Civil Veterinary Department Bihar reports 1936-40 - 1936-1940
Year: 1936
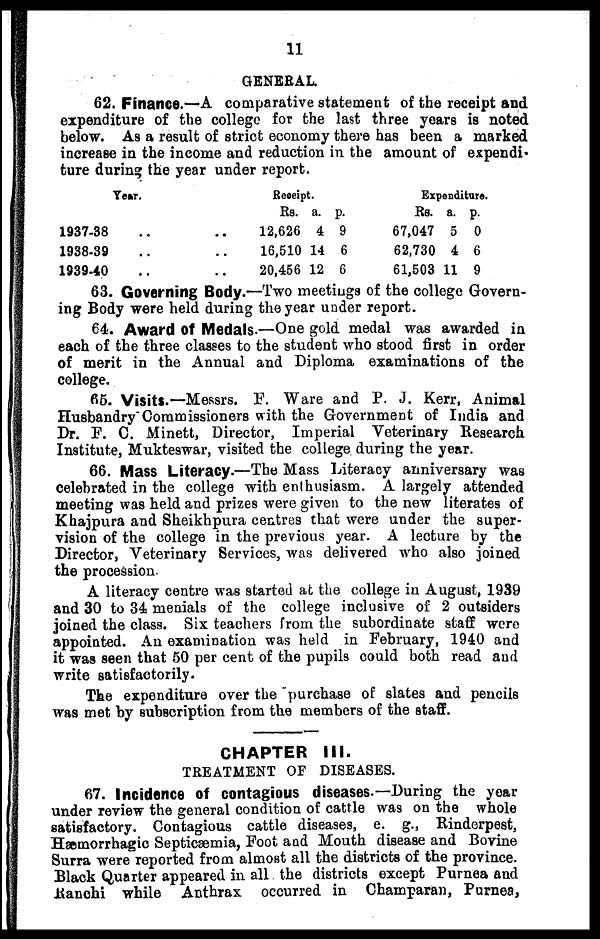
11
GENERAL.
62. Finance.—A comparative statement of the receipt and
expenditure of the college for the last three years is noted
below. As a result of strict economy there has been a marked
increase in the income and reduction in the amount of expendi-
ture during the year under report.
Year.
1937-38
1938-39 ..
1939-40
..
..
..
Receipt.
Rs. a. p.
12,626 4 9
16,510 14 6
20,456 12 6
Expenditure.
Rs. a. p.
67,047 5 0
62,730 4 6
61,503 11 9
63. Governing Body.—Two meetings of the college Govern-
ing Body were held during the year under report.
64. Award of Medals.—One gold medal was awarded in
each of the three classes to the student who stood first in order
of merit in the Annual and Diploma examinations of the
college.
65. Visits.—Messrs. F. Ware and P. J. Kerr, Animal
Husbandry Commissioners with the Government of India and
Dr. F. C. Minett, Director, Imperial Veterinary Research
Institute, Mukteswar, visited the college during the year.
66. Mass Literacy.—The Mass Literacy anniversary was
celebrated in the college with enthusiasm. A largely attended
meeting was held and prizes were given to the new literates of
Khajpura and Sheikhpura centres that were under the super-
vision of the college in the previous year. A lecture by the
Director, Veterinary Services, was delivered who also joined
the procession.
A literacy centre was started at the college in August, 1939
and 30 to 34 menials of the college inclusive of 2 outsiders
joined the class. Six teachers from the subordinate staff were
appointed. An examination was held in February, 1940 and
it was seen that 50 per cent of the pupils could both read and
write satisfactorily.
The expenditure over the purchase of slates and pencils
was met by subscription from the members of the staff.
CHAPTER III.
TREATMENT OF DISEASES.
67. Incidence of contagious diseases.—During the year
under review the general condition of cattle was on the whole
satisfactory. Contagious cattle diseases, e. g., Rinderpest,
Hæmorrhagic Septicæemia, Foot and Mouth disease and Bovine
Surra were reported from almost all the districts of the province.
Black Quarter appeared in all the districts except Purnea and
Ranchi while Anthrax occurred in Champaran, Purnea,